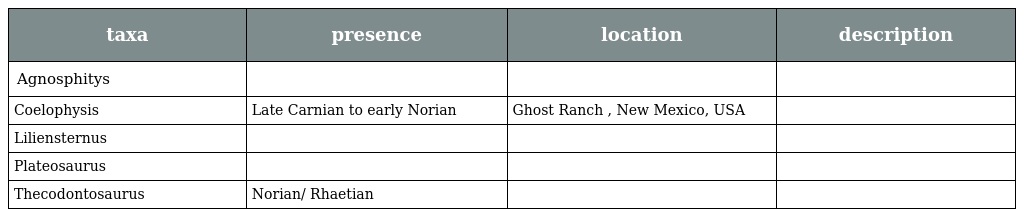
| taxa | presence | location | description |
 | --- | --- | --- | --- |
 | Agnosphitys |  |  |  |
 | Coelophysis | Late Carnian to early Norian | Ghost Ranch , New Mexico, USA |  |
 | Liliensternus |  |  |  |
 | Plateosaurus |  |  |  |
 | Thecodontosaurus | Norian/ Rhaetian |  |  |